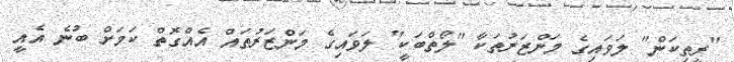
"ރީތިކަން" ލަވައިގެ މަންޒަރުތަކާ "ލޯތްބަކީ" ލަވައިގެ މަންޒަރުތައް އެއްގޮތް ކަމަށް ބުނެ އެއީ